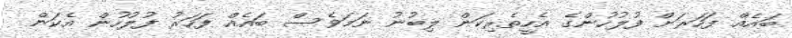
ބައެއް ފަހަރަށް ފުލުހުންގެ އެހީތެރިކަން ލިބުނު ނަމަވެސް ބައެއް ފަހަރު ފުލުހުން އެކަން